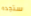
ستجده